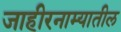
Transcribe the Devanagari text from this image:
जाहीरनाम्यातील